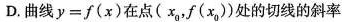
D. 曲线 $$y = f ( x )$$ 在点( x_{0}，f(x_{0})处的切线的斜率